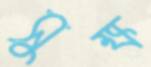
সুক্ষ